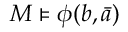
M \vDash \phi ( b , { \bar { a } } )